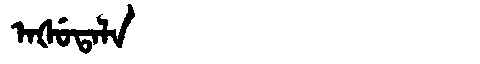
Manchu: ᠠᡧᡠᡨᠠᠯᠠ
Romanization: AŠUTALA